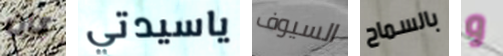
كان ياسيدتي السيوف بالسماح و